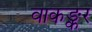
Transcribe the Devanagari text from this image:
वाकङ्कर